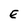
Character: E